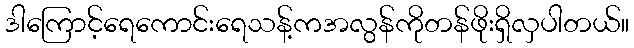
ဒါကြောင့်ရေကောင်းရေသန့်ကအလွန်ကိုတန်ဖိုးရှိလှပါတယ်။